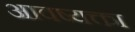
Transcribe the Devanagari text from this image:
आवष्यक्ता